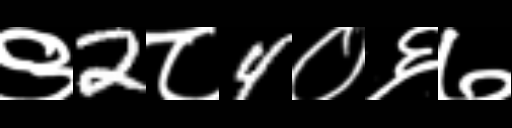
Text: ९2८4०६७